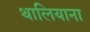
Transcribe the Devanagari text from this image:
थालियाना